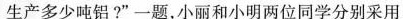
生产多少吨铝?”一题，小丽和小明两位同学分别采用